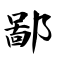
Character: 鄙